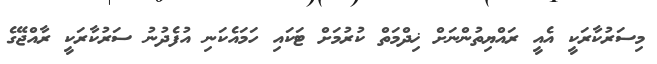
މިސަރުކާރަކީ އެއީ ރައްޔިތުންނަށް ޚިދްމަތް ކުރުމަށް ޓަކައި ހަމައެކަނި އުފެދުނު ސަރުކާރަކީ ރާއްޖޭގެ